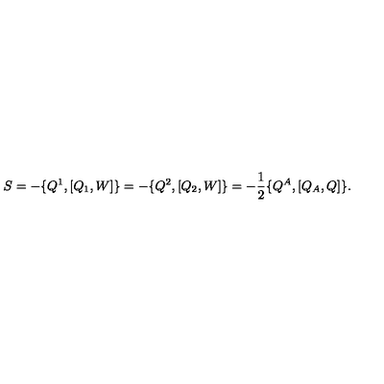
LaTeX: S = - \{ Q ^ { 1 } , [ Q _ { 1 } , W ] \} = - \{ Q ^ { 2 } , [ Q _ { 2 } , W ] \} = - \frac { 1 } { 2 } \{ Q ^ { A } , [ Q _ { A } , Q ] \} .